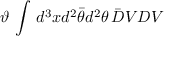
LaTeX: \vartheta \, \int \, d ^ { 3 } x d ^ { 2 } \bar { \theta } d ^ { 2 } \theta \, \bar { D } V D V